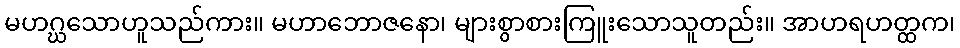
မဟဂ္ဃသောဟူသည်ကား။ မဟာဘောဇနော၊ များစွာစားကြူးသောသူတည်း။ အာဟရဟတ္ထက၊